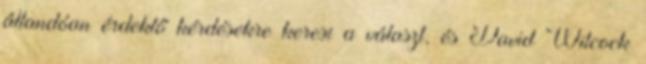
állandóan érdeklő kérdésekre keresi a választ, és David Wilcock